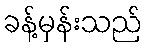
ခန့်မှန်းသည်